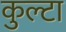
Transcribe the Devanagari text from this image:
कुल्टा